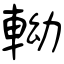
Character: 軪